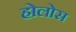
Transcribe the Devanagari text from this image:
होलोस